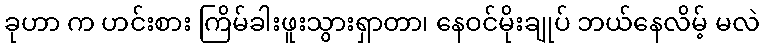
ခုဟာ က ဟင်းစား ကြိမ်ခါးဖူးသွားရှာတာ၊ နေဝင်မိုးချုပ် ဘယ်နေလိမ့် မလဲ